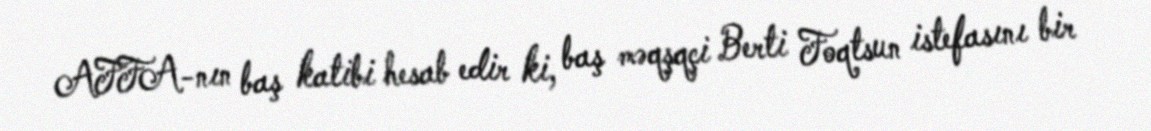
AFFA-nın baş katibi hesab edir ki, baş məqşqçi Berti Foqtsun istefasını bir